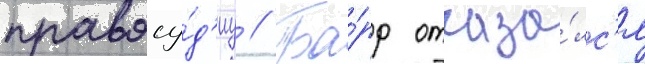
правосу́д'иу // Ба́рр отказа́лс'я